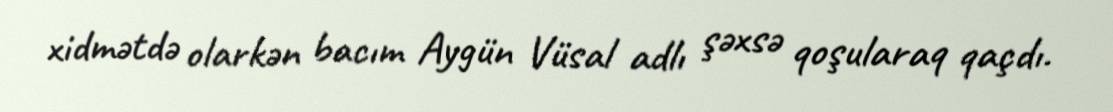
xidmətdə olarkən bacım Aygün Vüsal adlı şəxsə qoşularaq qaçdı.